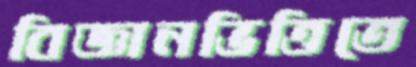
বিজ্ঞানভিত্তিতে